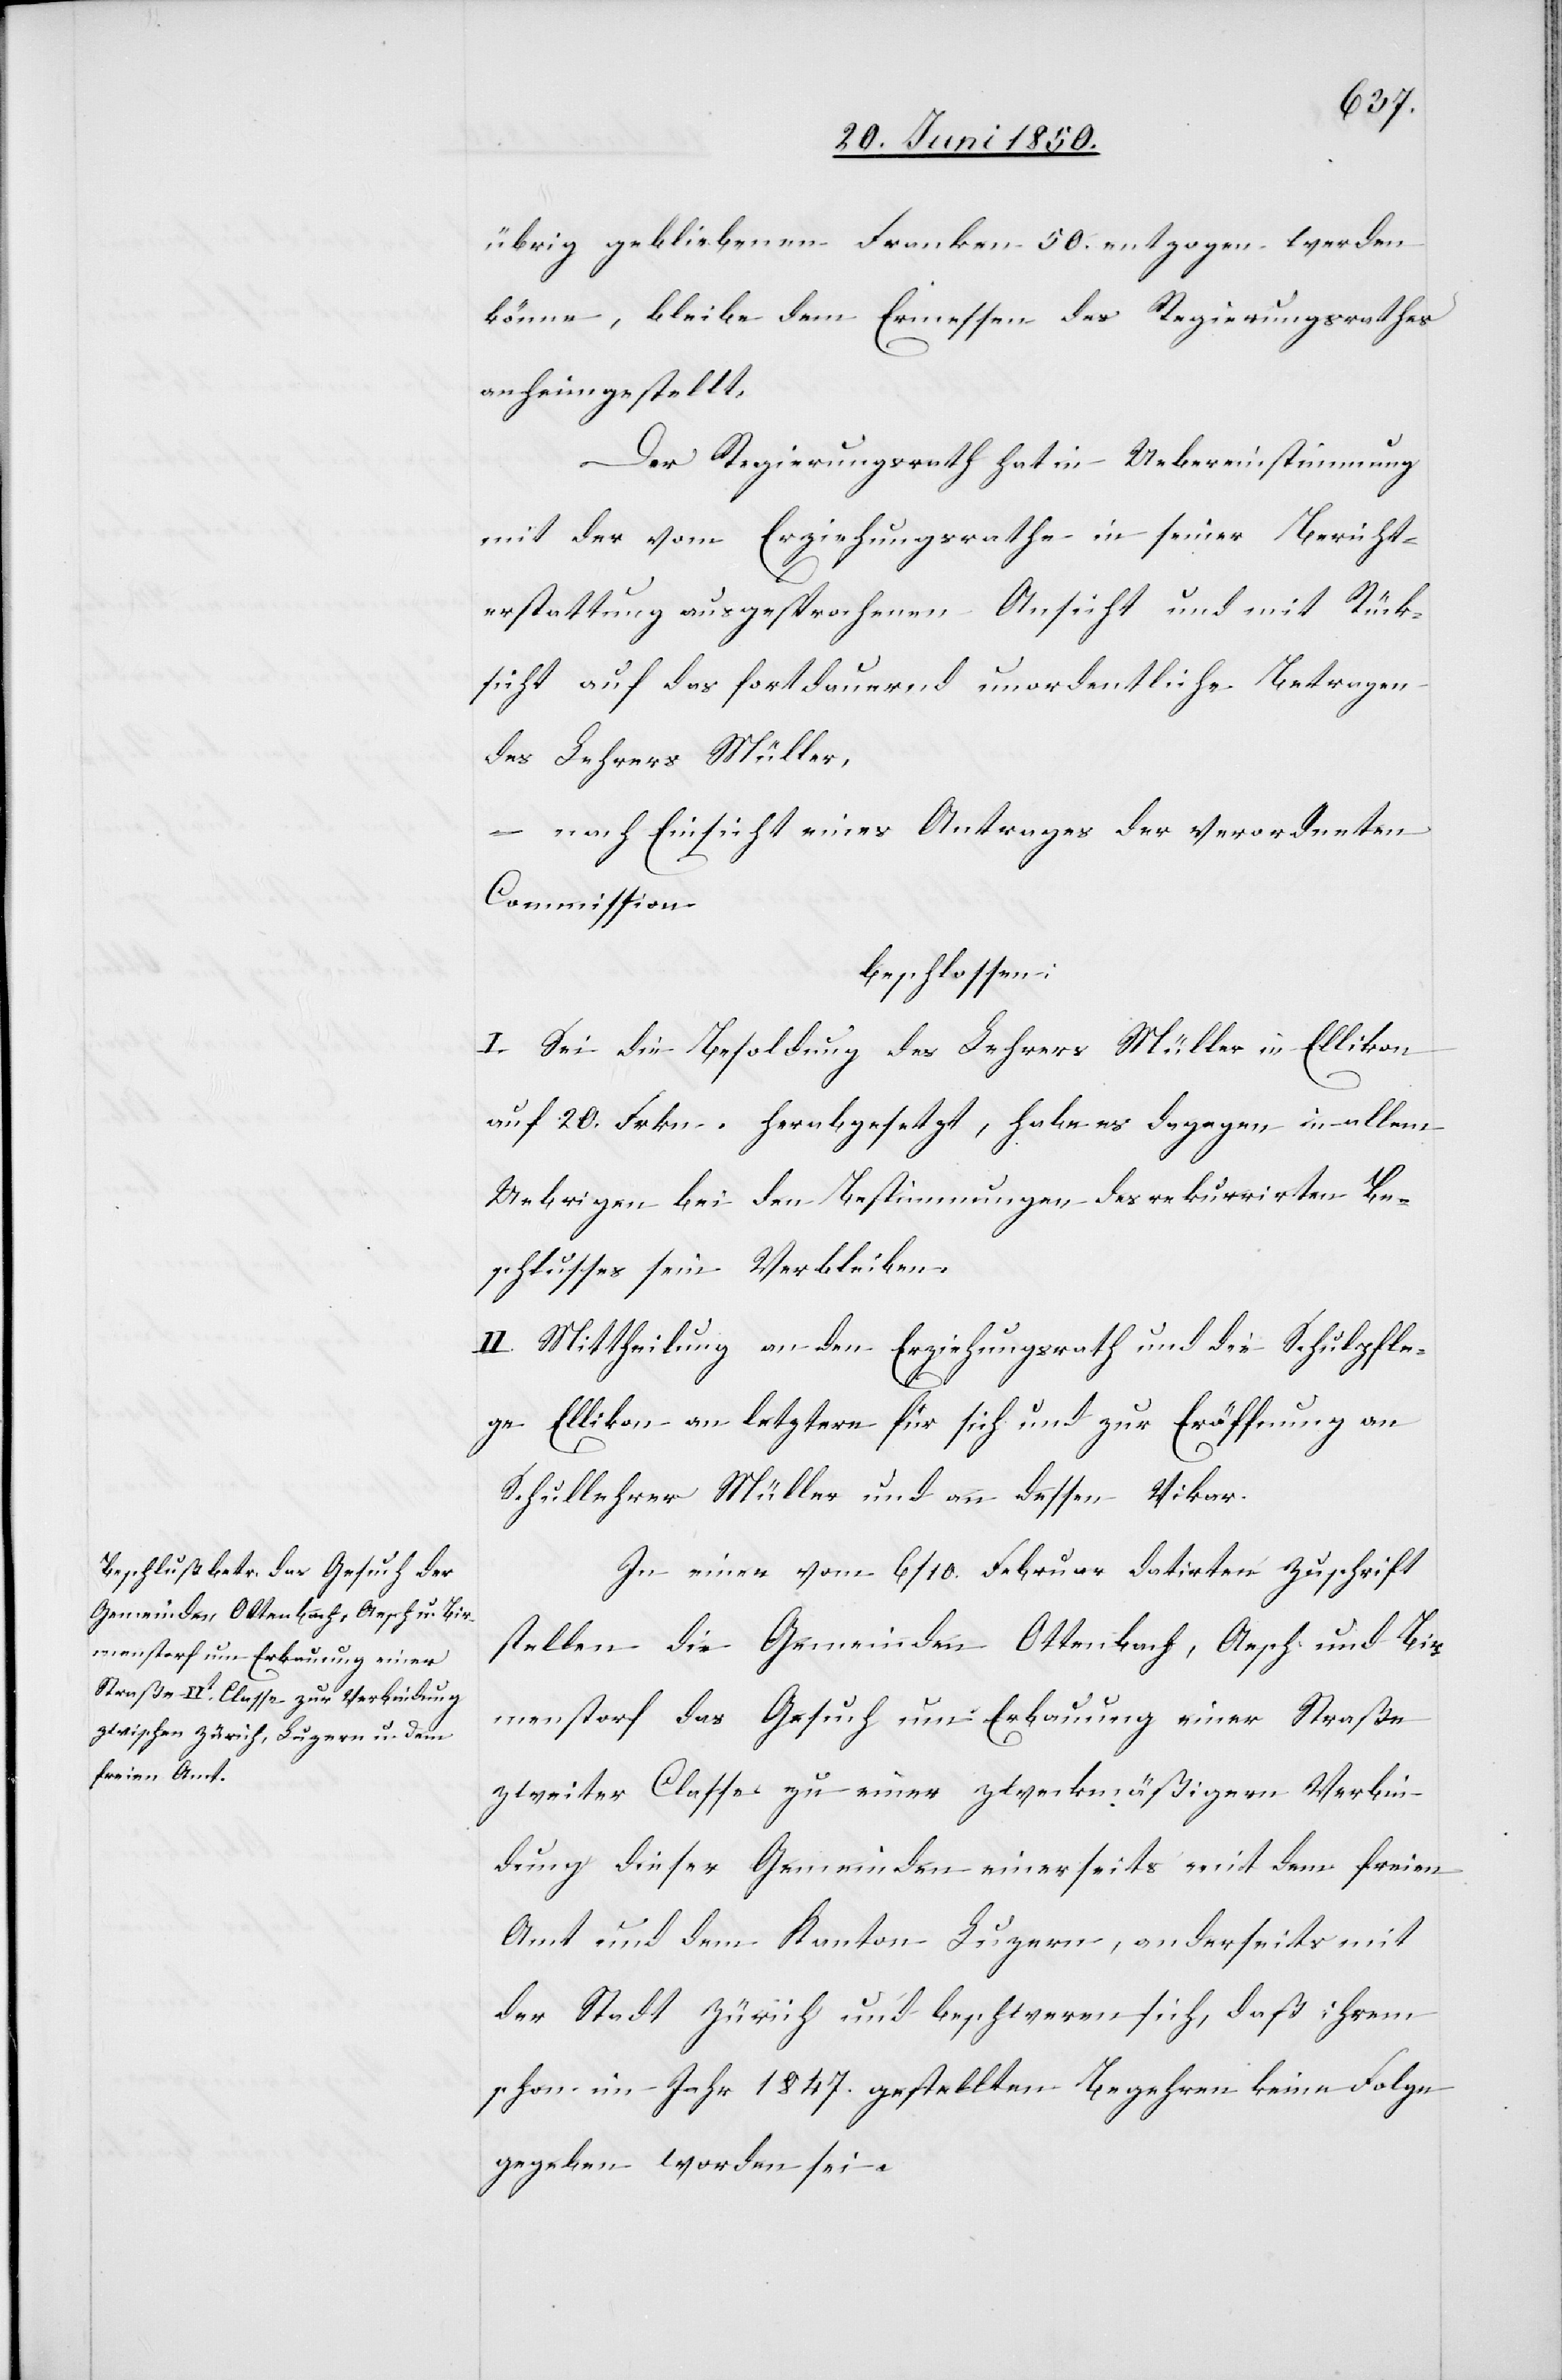
übrig gebliebenen Franken 50. entzogen werden
könne, bleibe dem Ermessen des Regierungsrathes
anheimgestellt,
Der Regierungsrath hat in Uebereinstimmung
mit der vom Erziehungsrathe in seiner Bericht¬
erstattung ausgesprochenen Ansicht und mit Rück¬
sicht auf das fortdauernd unordentliche Betragen
des Lehrer Müller,
– nach Einsicht eines Antrages der verordneten
Commission
beschlossen:
I. Sei die Besoldung des Lehrers Müller in Ellikon
auf 20. Frkn. herabgesetzt, habe es dagegen in allem
Uebrigen bei den Bestimmungen des rekurrirten Be¬
schlusses sein Verbleiben.
II. Mittheilung an den Erziehungsrath und die Schulpfle¬
ge Ellikon an letztere für sich und zur Eröffnung an
Schullehrer Müller und an dessen Vikar.
In einer vom 6/10. Februar datirten Zuschrift
stellen die Gemeinden Ottenbach, Aesch und Bir¬
menstorf das Gesuch um Erbauung einer Straße
zweiter Classe zu einer zweckmäßigern Verbin¬
dung dieser Gemeinden einerseits mit dem freien
Amt und dem Kanton Luzern, anderseits mit
der Stadt Zürich und beschweren sich, daß ihrem
schon im Jahr 1847. gestellten Begehren keine Folge
gegeben worden sei.